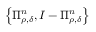
\left\{ \Pi _ { \rho , \delta } ^ { n } , I - \Pi _ { \rho , \delta } ^ { n } \right\}